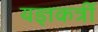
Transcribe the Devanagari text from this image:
यज्ञकर्त्री